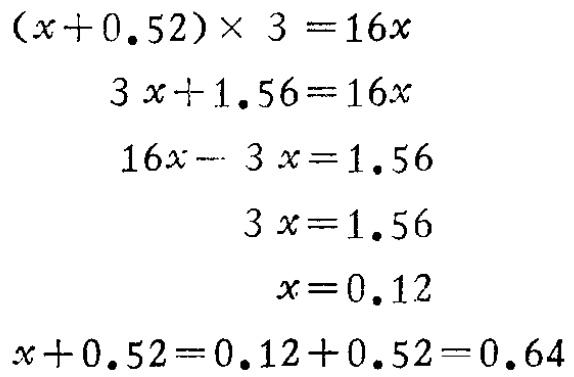
\((x + 0.52)\times3 = 16x\)

\(3x + 1.56 = 16x\)

\(16x - 3x = 1.56\)

\(3x = 1.56\)

\(x = 0.12\)

\(x + 0.52 = 0.12 + 0.52 = 0.64\)